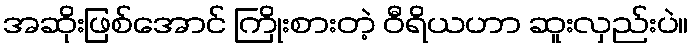
အဆိုးဖြစ်အောင် ကြိုးစားတဲ့ ဝီရိယဟာ ဆူးလှည်းပဲ။